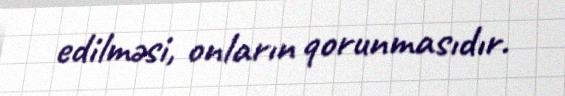
edilməsi, onların qorunmasıdır.